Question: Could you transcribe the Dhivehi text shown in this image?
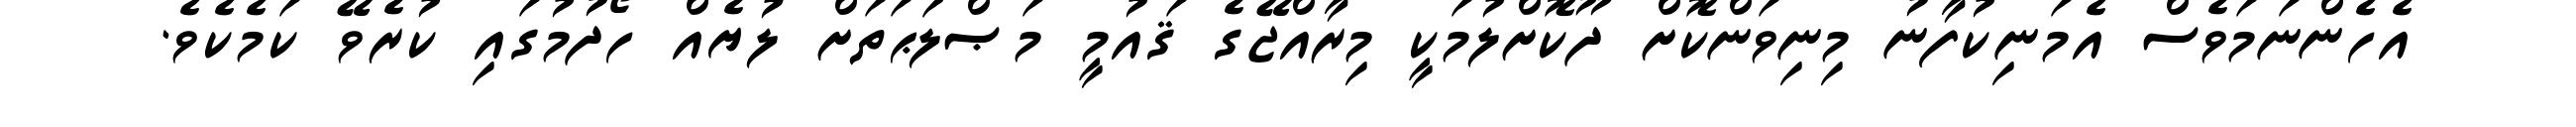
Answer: އެހެންނަމަވެސް އެމަނިކުފާނު މިނިވަންކޮށް ދޫކޮށްލުމަކީ މިރާއްޖޭގެ ޤައުމީ މަޞްލަޙަތަށް ލުޔެއް ހޯދުމުގައި ކުރެވޭ ކަމެކެވެ.